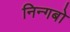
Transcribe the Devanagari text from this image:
निन्गबो